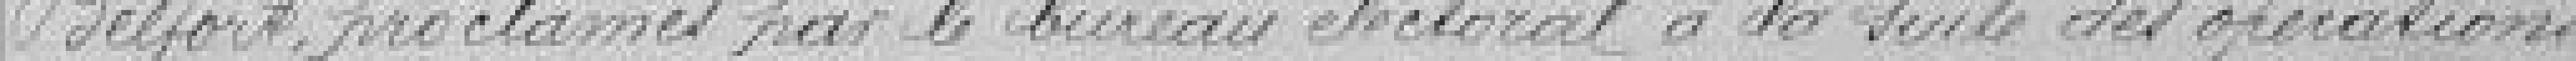
Belfort, proclament par le bureau électoral à la suite des opérations